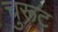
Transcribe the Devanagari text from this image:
चुरूट